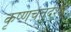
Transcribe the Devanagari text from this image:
कृष्णचतुर्दशी